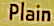
Plain